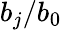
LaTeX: b_{j}/b_{0}